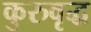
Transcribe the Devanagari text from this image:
कुरुवृद्ध